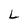
Character: L